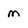
Character: m